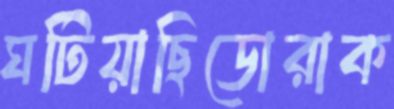
ঘটিয়াছিডোরাক